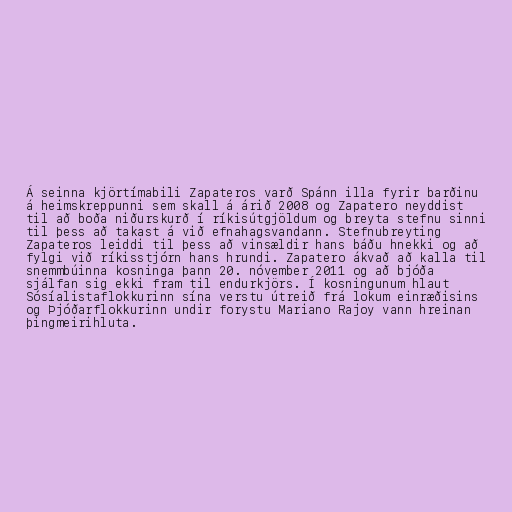
Á seinna kjörtímabili Zapateros varð Spánn illa fyrir barðinu
á heimskreppunni sem skall á árið 2008 og Zapatero neyddist
til að boða niðurskurð í ríkisútgjöldum og breyta stefnu sinni
til þess að takast á við efnahagsvandann. Stefnubreyting
Zapateros leiddi til þess að vinsældir hans báðu hnekki og að
fylgi við ríkisstjórn hans hrundi. Zapatero ákvað að kalla til
snemmbúinna kosninga þann 20. nóvember 2011 og að bjóða
sjálfan sig ekki fram til endurkjörs. Í kosningunum hlaut
Sósíalistaflokkurinn sína verstu útreið frá lokum einræðisins
og Þjóðarflokkurinn undir forystu Mariano Rajoy vann hreinan
þingmeirihluta.